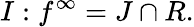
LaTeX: I:f^{\infty}=J\cap R.